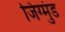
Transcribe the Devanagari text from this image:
जिग्मुंड